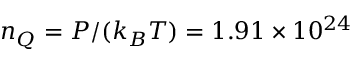
n _ { Q } = P / ( k _ { B } T ) = 1 . 9 1 \times 1 0 ^ { 2 4 }